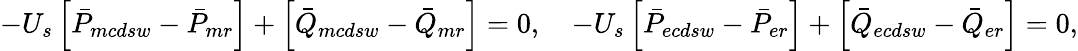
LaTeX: -U_{s}\left[\bar{P}_{mcdsw}-\bar{P}_{mr}\right]+\left[\bar{Q}_{mcdsw}-\bar{Q}_{mr}\right]=0,\quad-U_{s}\left[\bar{P}_{ecdsw}-\bar{P}_{er}\right]+\left[\bar{Q}_{ecdsw}-\bar{Q}_{er}\right]=0,